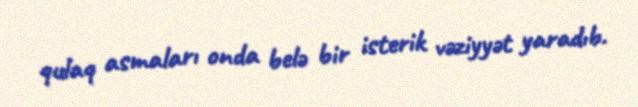
qulaq asmaları onda belə bir isterik vəziyyət yaradıb.